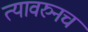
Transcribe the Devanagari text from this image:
त्यावरुनच